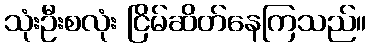
သုံးဦးစလုံး ငြိမ်ဆိတ်နေကြသည်။